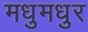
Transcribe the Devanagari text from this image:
मधुमधुर